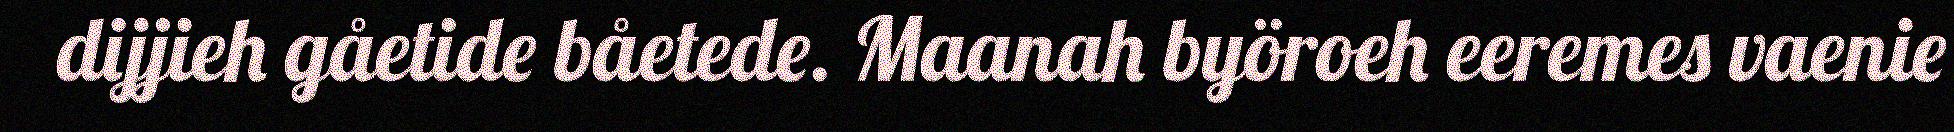
dijjieh gåetide båetede. Maanah byöroeh eeremes vaenie